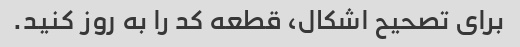
برای تصحیح اشکال، قطعه کد را به روز کنید.